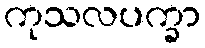
ကုသလပက္ခာ